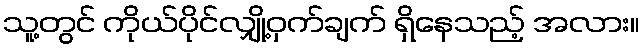
သူ့တွင် ကိုယ်ပိုင်လျှို့ဝှက်ချက် ရှိနေသည့် အလား။